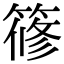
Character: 𥱤